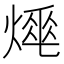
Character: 𤍡